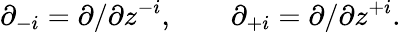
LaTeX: \partial_{-i}=\partial/\partial z^{-i},\qquad\partial_{+i}=\partial/\partial z^{+i}.